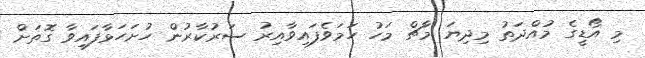
މި އޯޑީގެ މުއްދަތު މިދިޔަ މާޗް މަހު ހަމަވެފައިވާއިރު ސަރުކާރުން ހުށަހަޅާފައިވާ ގޮތަށް